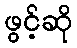
ဖွင့်ဆို